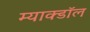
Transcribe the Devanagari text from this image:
म्याक्डॉल